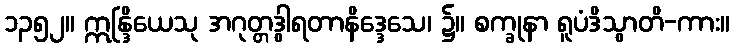
၁၃၅၂။ ဣန္ဒြိယေသု အဂုတ္တဒွါရတာနိဒ္ဒေသေ၊ ၌။ စက္ခုနာ ရူပံဒိသွာတိ-ကား။